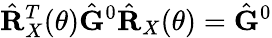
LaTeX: \hat{\mathbf{R}}_{X}^{T}(\theta)\hat{\mathbf{G}}^{0}\hat{\mathbf{R}}_{X}(\theta)=\hat{\mathbf{G}}^{0}